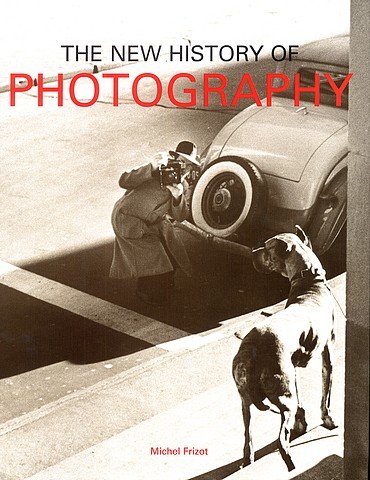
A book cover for A New History of Photography; Michel Frizot; Arts & Photography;